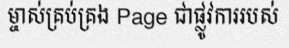
ម្ចាស់គ្រប់គ្រង Page ជាផ្លូវការរបស់